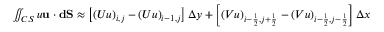
\begin{array} { r } { \iint _ { C S } u \mathbf { u } \cdot \mathbf { d S } \approx \left[ \left( U u \right) _ { i , j } - \left( U u \right) _ { i - 1 , j } \right] \Delta y + \left[ \left( V u \right) _ { i - \frac { 1 } { 2 } , j + \frac { 1 } { 2 } } - \left( V u \right) _ { i - \frac { 1 } { 2 } , j - \frac { 1 } { 2 } } \right] \Delta x } \end{array}